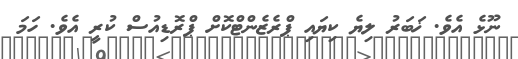
ނޫޅެ އެވެ. ޚަބަރު ލިޔެ ކިޔައި ޕްރެޒެންޓްކޮށް ޕްރޮޑިއުސް ކުރީ އެވެ. ހަމަ